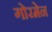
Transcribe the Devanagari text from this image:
गोरमेन